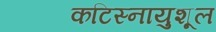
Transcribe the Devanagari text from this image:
कटिस्नायुशूल